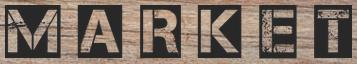
M A R K E T